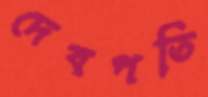
দেবপতি